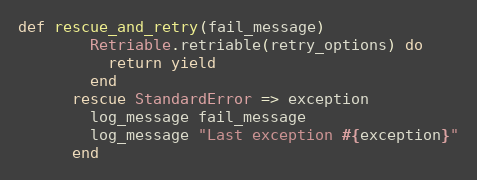
Language: Ruby
def rescue_and_retry(fail_message)
        Retriable.retriable(retry_options) do
          return yield
        end
      rescue StandardError => exception
        log_message fail_message
        log_message "Last exception #{exception}"
      end